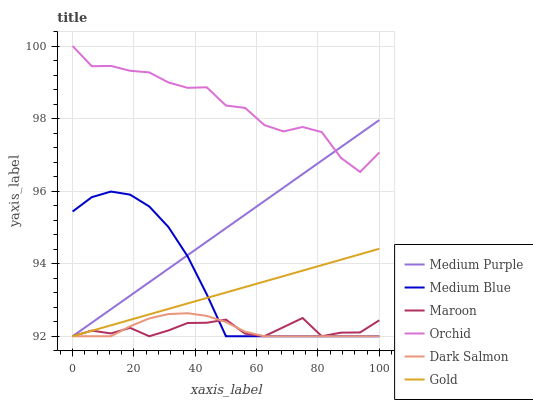
| xaxis_label | Medium Purple | Medium Blue | Maroon | Orchid | Dark Salmon | Gold |
 | --- | --- | --- | --- | --- | --- | --- |
 | 0 | 92 | 95.4 | 92 | 100 | 92 | 92 |
 | 6.25 | 92.4 | 95.8 | 92.2 | 99.4 | 92 | 92.2 |
 | 12.5 | 92.7 | 96 | 92.1 | 99.5 | 92 | 92.3 |
 | 18.8 | 93.1 | 95.9 | 92.2 | 99.3 | 92.3 | 92.5 |
 | 25 | 93.5 | 95.6 | 92 | 99.3 | 92.5 | 92.6 |
 | 31.2 | 93.9 | 95 | 92.2 | 99 | 92.6 | 92.8 |
 | 37.5 | 94.2 | 94.2 | 92.4 | 98.8 | 92.6 | 92.9 |
 | 43.8 | 94.6 | 93.2 | 92.4 | 98.9 | 92.6 | 93.1 |
 | 50 | 95 | 92 | 92.5 | 98.4 | 92.4 | 93.2 |
 | 56.2 | 95.4 | 92 | 92.1 | 98.3 | 92.1 | 93.4 |
 | 62.5 | 95.7 | 92 | 92 | 97.8 | 92 | 93.5 |
 | 68.8 | 96.1 | 92 | 92.3 | 97.6 | 92 | 93.7 |
 | 75 | 96.5 | 92 | 92.5 | 97.8 | 92 | 93.8 |
 | 81.2 | 96.8 | 92 | 92 | 97.6 | 92 | 94 |
 | 87.5 | 97.2 | 92 | 92.1 | 96.9 | 92 | 94.1 |
 | 93.8 | 97.6 | 92 | 92.1 | 96.5 | 92 | 94.3 |
 | 100 | 98 | 92 | 92.4 | 97.1 | 92 | 94.4 |